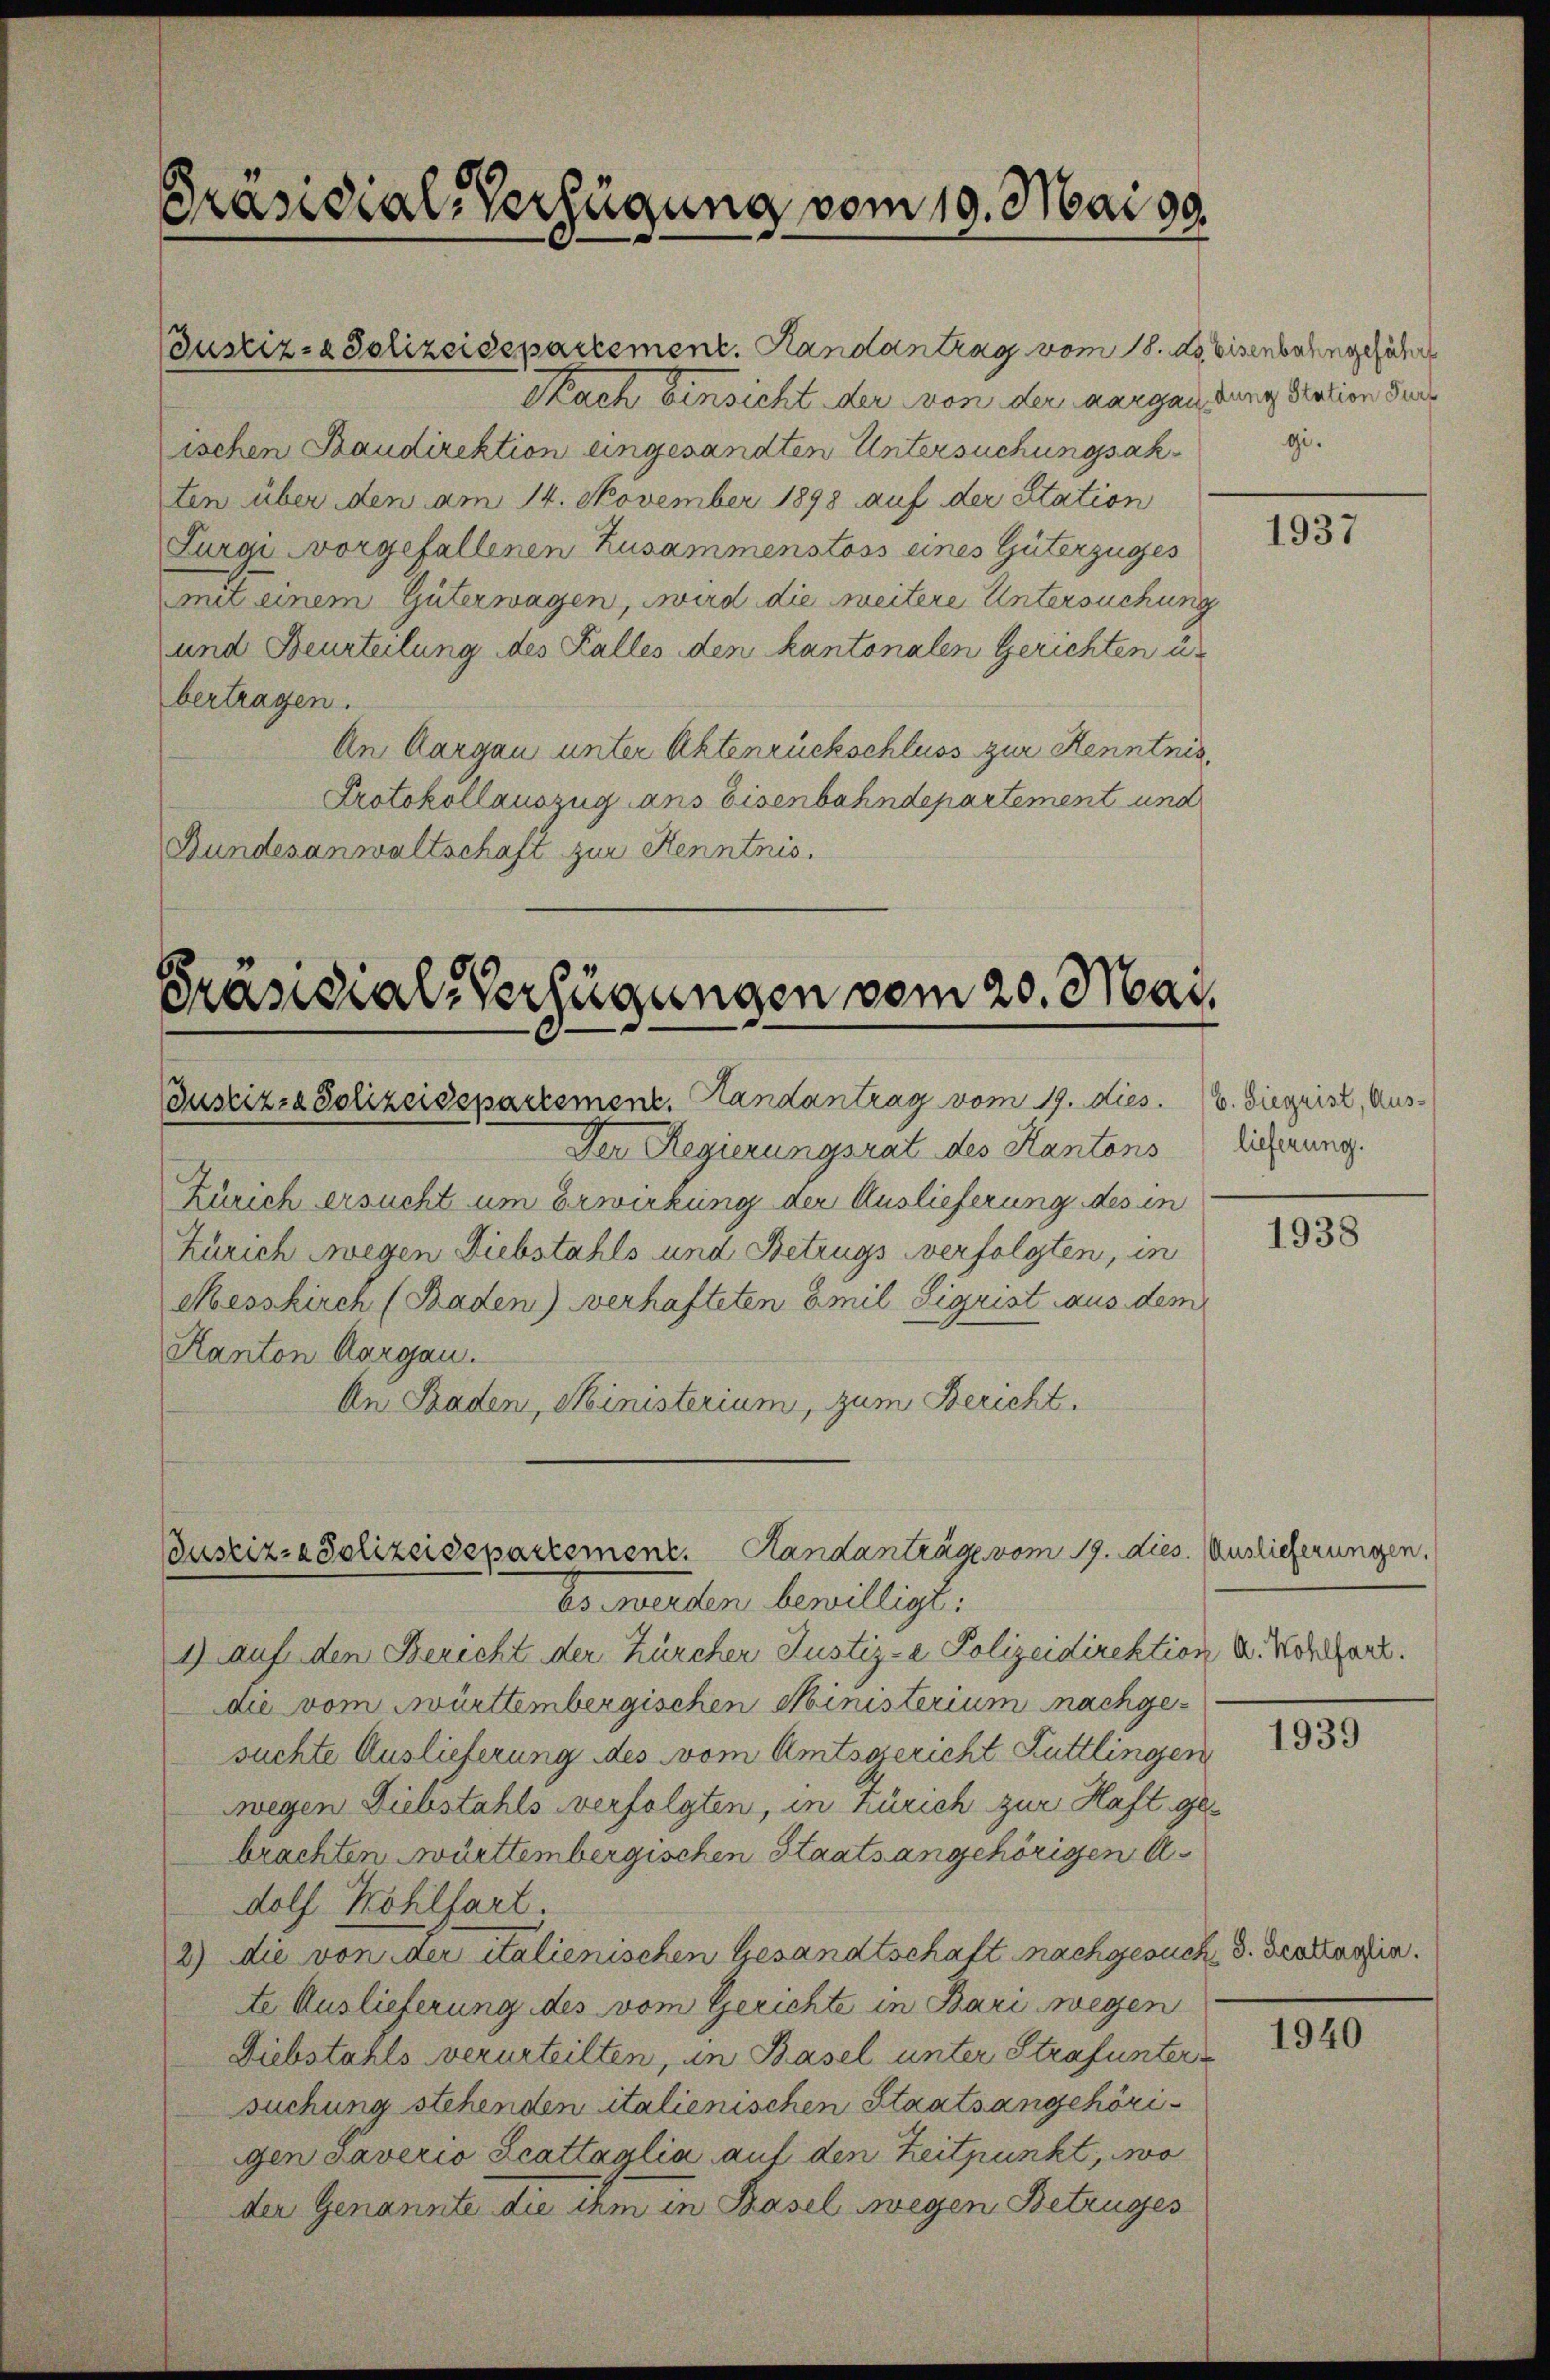
Präsidial-Verfügung vom 10. Mai 19

Bustiz- & Polizeidepartement. Handantrag vom 18. ds Eisenbahngeführt
Nach Einsicht der von der aargau, dung Station dens
ischen Baudirektion eingesandten Untersuchungsakten über den am 14. November 1898 auf der Station
Zurgi vorgefallenen Zusammenstoss eines Güterzuges
mit einem Güterwagen, wird die weitere Untersuchung
und Beurteilung des Falles den kantonalen Gerichten u.
bertragen.
An Aargau unter Aktenrückschluss zur Kenntnis,
Protokollauszug ans Eisenbahndepartement und
Bundesanwaltschaft zur Kenntnis.

Präsidial-Verfügungen vom 20. Mai
Justiz- & Polizeidepartement. Handantrag vom 19. dies

Der Regierungsrat des Kantons
Zürich ersucht um Erwirkung der Auslieferung des in
Zürich wegen Diebstahls und Betrugs verfolgten, in
Kesskirch (Baden) verhafteten Emil Sigrist aus dem
Kanton Aargau.
An Staden, Ministerium, zum Bericht.

Justiz- & Polizeidepartement. Handanträge vom 19. dies. Auslieferungen.

Vertreten bewilligt:
2) auf den Bericht der Zürcher Justiz- Polizeidirektion d. Kohlfart.
die vom Württembergischen Ministerium nachgesuchte Auslieferung des vom Amtsgericht Futtlingen
wegen Diebstahls verfolgten, in Zürich zur Haft gebrachten württembergischen Staatsangehörigen A
dolf Wohlfart.
2) die von der italienischen Gesandtschaft nachgesuch 3. Brattassin.
te Auslieferung des vom Gerichte in Bari wegen
Diebstahls verurteilten, in Basel unter Strafunter
suchung stehenden italienischen Staatsangehörigen Laverio Scattaglia auf den Zeitpunkt, wo
der Genannte die ihm in Basel wegen Betruges

gi.

1937

b. Siegrist, Auslieferung.

1938

1939

1940